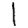
Digit: 1